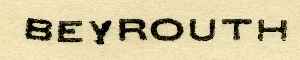
BEYROUTH